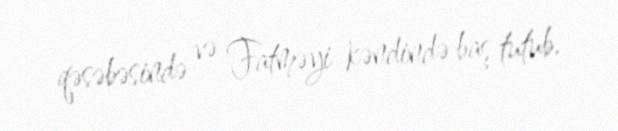
qəsəbəsində və Fatməyi kəndində baş tutub.